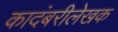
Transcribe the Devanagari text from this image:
कादंबरीलेखक